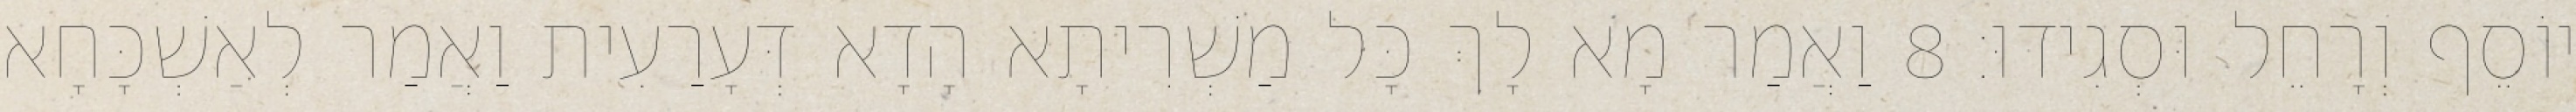
יוֹסֵף וְרָחֵל וּסְגִידוּ׃ 8 וַאֲמַר מָא לָךְ כָּל מַשְׁרִיתָא הָדָא דְּעָרַעִית וַאֲמַר לְאַשְׁכָּחָא